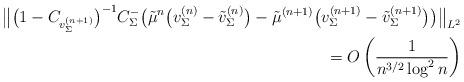
LaTeX: \begin{align*}\big\Vert \big(1-C_{v^{(n+1)}_\Sigma}\big)^{-1} C_\Sigma^- \big(\tilde{\mu}^n \big(v_\Sigma^{(n)} - \tilde{v}_\Sigma^{(n)}\big) - \tilde{\mu}^{(n+1)}\big(v_\Sigma^{(n+1)} - \tilde{v}_\Sigma^{(n+1)}\big) \big)\big\Vert_{L^2}\\\qquad{} = O\left(\frac{1}{n^{3/2}\log^2 n}\right)\end{align*}